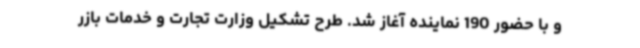
و با حضور 190 نماینده آغاز شد. طرح تشکیل وزارت تجارت و خدمات بازر